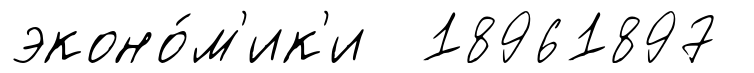
эконо́м'ик'и 18961897